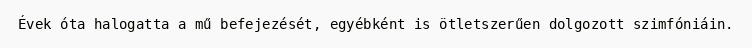
Évek óta halogatta a mű befejezését, egyébként is ötletszerűen dolgozott szimfóniáin.